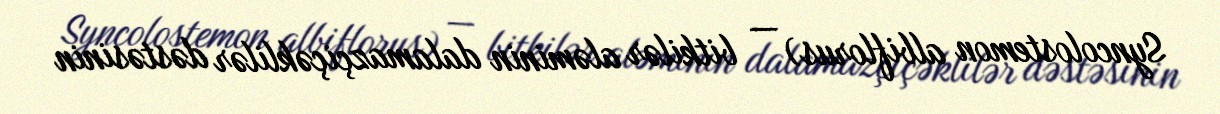
Syncolostemon albiflorus) — bitkilər aləminin dalamazçiçəklilər dəstəsinin